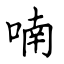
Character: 喃